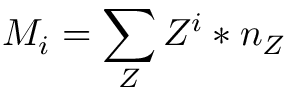
M _ { i } = \sum _ { Z } Z ^ { i } * n _ { Z }